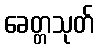
ခေတ္တသုတ်